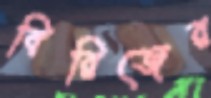
বিরিজের